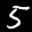
Label: 5